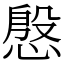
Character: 慇